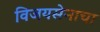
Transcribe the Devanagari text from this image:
विजयसेनाचा